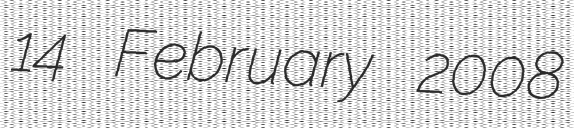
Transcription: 14 February 2008